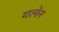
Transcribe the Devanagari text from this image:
यत्नेन